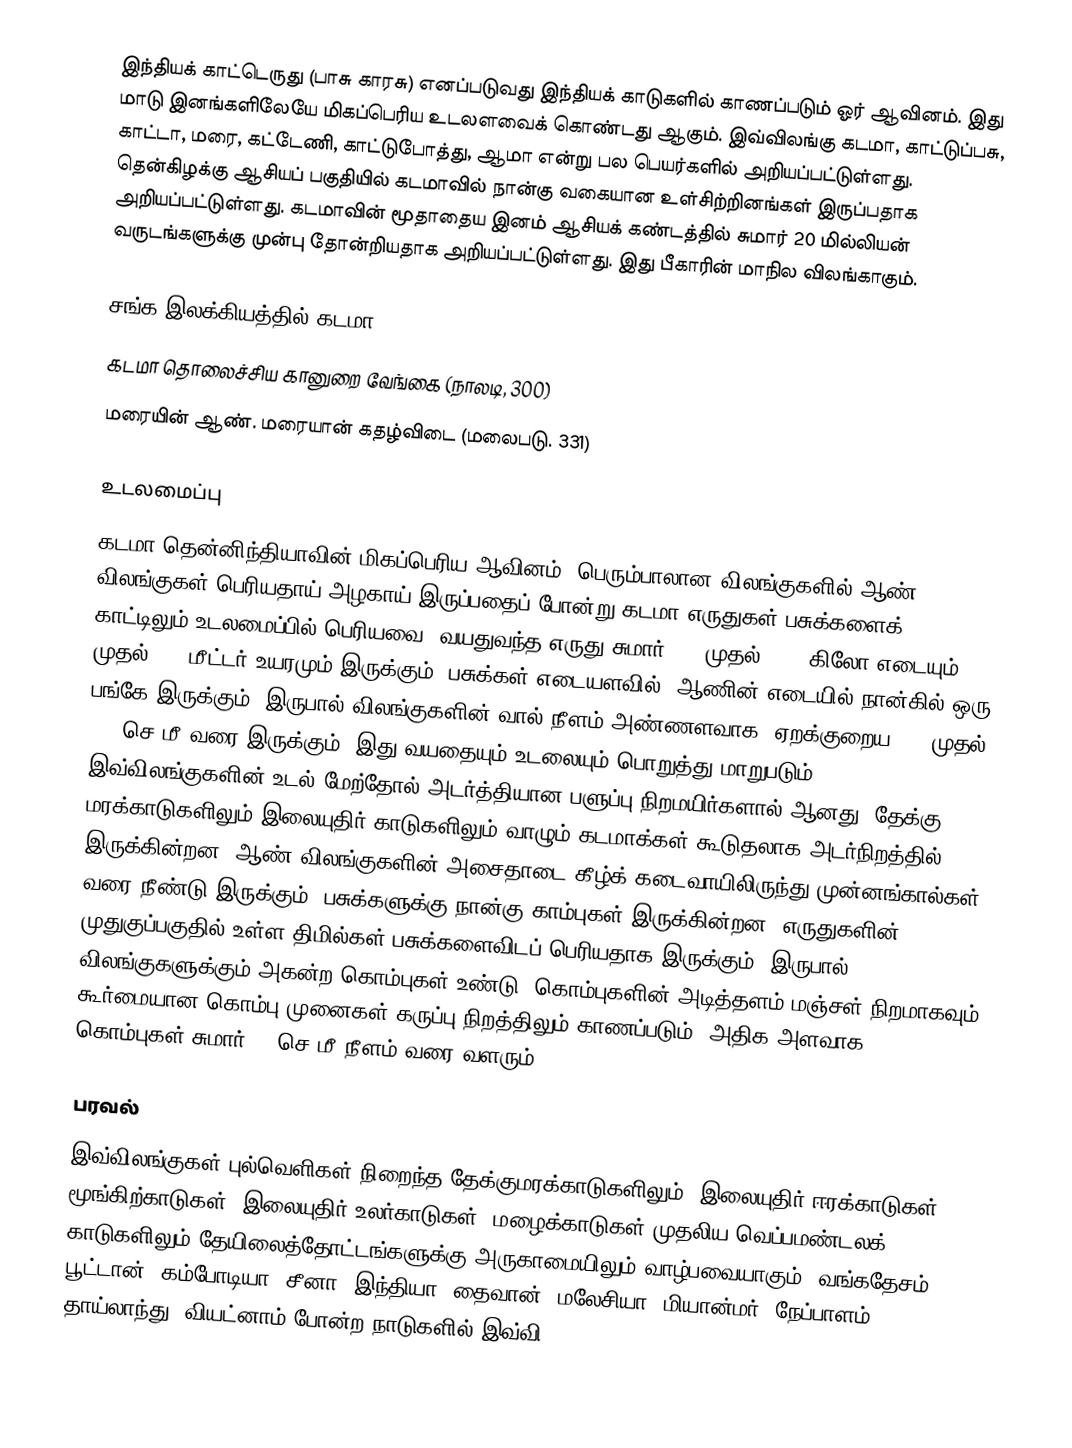
இந்தியக் காட்டெருது (பாசு காரசு) எனப்படுவது இந்தியக் காடுகளில் காணப்படும் ஓர் ஆவினம். இது மாடு இனங்களிலேயே மிகப்பெரிய உடலளவைக் கொண்டது ஆகும். இவ்விலங்கு கடமா, காட்டுப்பசு, காட்டா, மரை, கட்டேணி, காட்டுபோத்து, ஆமா என்று பல பெயர்களில் அறியப்பட்டுள்ளது. தென்கிழக்கு ஆசியப் பகுதியில் கடமாவில் நான்கு வகையான உள்சிற்றினங்கள்  இருப்பதாக அறியப்பட்டுள்ளது. கடமாவின் மூதாதைய இனம் ஆசியக் கண்டத்தில் சுமார் 20 மில்லியன் வருடங்களுக்கு முன்பு தோன்றியதாக அறியப்பட்டுள்ளது. இது பீகாரின் மாநில விலங்காகும்.

சங்க இலக்கியத்தில் கடமா
 கடமா தொலைச்சிய கானுறை வேங்கை (நாலடி, 300)
 மரையின் ஆண். மரையான் கதழ்விடை (மலைபடு. 331)

உடலமைப்பு
கடமா தென்னிந்தியாவின் மிகப்பெரிய ஆவினம். பெரும்பாலான விலங்குகளில் ஆண் விலங்குகள் பெரியதாய் அழகாய் இருப்பதைப் போன்று கடமா எருதுகள் பசுக்களைக் காட்டிலும் உடலமைப்பில் பெரியவை. வயதுவந்த எருது சுமார் 600 முதல் 1000 கிலோ எடையும் 1.6 முதல் 1.9 மீட்டர் உயரமும் இருக்கும். பசுக்கள்  எடையளவில், ஆணின் எடையில் நான்கில் ஒரு பங்கே இருக்கும். இருபால் விலங்குகளின் வால் நீளம் அண்ணளவாக (ஏறக்குறைய) 70 முதல் 100 செ.மீ வரை இருக்கும். இது  வயதையும் உடலையும் பொறுத்து மாறுபடும். இவ்விலங்குகளின் உடல் மேற்தோல் அடர்த்தியான பளுப்பு நிறமயிர்களால் ஆனது. தேக்கு மரக்காடுகளிலும் இலையுதிர் காடுகளிலும் வாழும் கடமாக்கள் கூடுதலாக அடர்நிறத்தில் இருக்கின்றன. ஆண் விலங்குகளின் அசைதாடை கீழ்க் கடைவாயிலிருந்து முன்னங்கால்கள் வரை நீண்டு இருக்கும். பசுக்களுக்கு நான்கு காம்புகள் இருக்கின்றன. எருதுகளின் முதுகுப்பகுதில் உள்ள திமில்கள் பசுக்களைவிடப் பெரியதாக இருக்கும். இருபால் விலங்குகளுக்கும் அகன்ற கொம்புகள் உண்டு. கொம்புகளின் அடித்தளம் மஞ்சள் நிறமாகவும் கூர்மையான கொம்பு முனைகள் கருப்பு நிறத்திலும் காணப்படும். அதிக அளவாக கொம்புகள் சுமார் 80 செ.மீ நீளம் வரை வளரும்.

பரவல்
இவ்விலங்குகள் புல்வெளிகள் நிறைந்த தேக்குமரக்காடுகளிலும், இலையுதிர் ஈரக்காடுகள், மூங்கிற்காடுகள், இலையுதிர் உலர்காடுகள், மழைக்காடுகள் முதலிய வெப்பமண்டலக் காடுகளிலும் தேயிலைத்தோட்டங்களுக்கு அருகாமையிலும் வாழ்பவையாகும். வங்கதேசம், பூட்டான், கம்போடியா, சீனா, இந்தியா, தைவான், மலேசியா, மியான்மர், நேப்பாளம், தாய்லாந்து, வியட்னாம் போன்ற நாடுகளில் இவ்வி